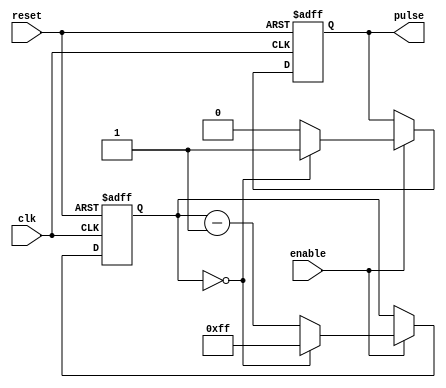
module SyncPulseGenerator (
  input wire clk, // clock signal
  input wire reset, // reset signal
  input wire enable, // enable signal
  output wire pulse // output pulse signal
);

  reg [7:0] counter;
  reg pulse_reg;

  always @(posedge clk or posedge reset) begin
    if (reset) begin
      counter <= 8'b0;
      pulse_reg <= 1'b0;
    end else if (enable) begin
      if (counter == 8'b0) begin
        counter <= 8'b11111111; // set pulse duration (adjust as needed)
        pulse_reg <= 1'b1;
      end else begin
        counter <= counter - 1'b1;
        pulse_reg <= 1'b0;
      end
    end
  end

  assign pulse = pulse_reg;

endmodule